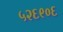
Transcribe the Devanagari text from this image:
५२६९०६